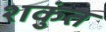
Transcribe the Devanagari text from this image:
शकुंत